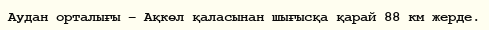
Аудан орталығы – Ақкөл қаласынан шығысқа қарай 88 км жерде.